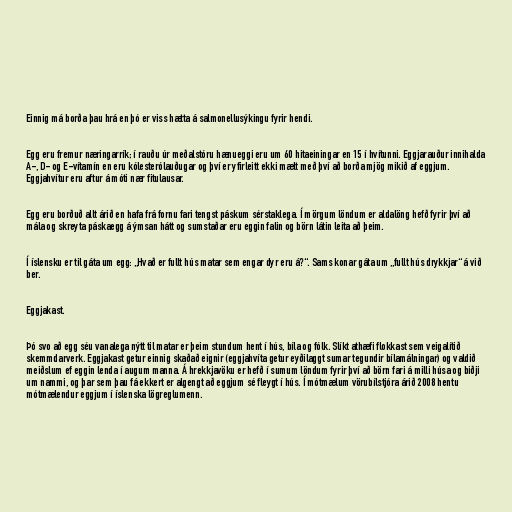
Einnig má borða þau hrá en þó er viss hætta á salmonellusýkingu fyrir hendi.

Egg eru fremur næringarrík; í rauðu úr meðalstóru hænueggi eru um 60 hitaeiningar en 15 í hvítunni. Eggjarauður innihalda
A-, D- og E-vítamín en eru kólesterólauðugar og því er yfirleitt ekki mælt með því að borða mjög mikið af eggjum.
Eggjahvítur eru aftur á móti nær fitulausar.

Egg eru borðuð allt árið en hafa frá fornu fari tengst páskum sérstaklega. Í mörgum löndum er aldalöng hefð fyrir því að
mála og skreyta páskaegg á ýmsan hátt og sumstaðar eru eggin falin og börn látin leita að þeim.

Í íslensku er til gáta um egg: „Hvað er fullt hús matar sem engar dyr eru á?“. Sams konar gáta um „fullt hús drykkjar“ á við
ber.

Eggjakast.

Þó svo að egg séu vanalega nýtt til matar er þeim stundum hent í hús, bíla og fólk. Slíkt athæfi flokkast sem veigalítið
skemmdarverk. Eggjakast getur einnig skaðað eignir (eggjahvíta getur eyðilaggt sumar tegundir bílamálningar) og valdið
meiðslum ef eggin lenda í augum manna. Á hrekkjavöku er hefð í sumum löndum fyrir því að börn fari á milli húsa og biðji
um nammi, og þar sem þau fá ekkert er algengt að eggjum sé fleygt í hús. Í mótmælum vörubílstjóra árið 2008 hentu
mótmælendur eggjum í íslenska lögreglumenn.